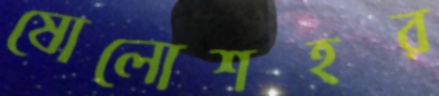
ষোলোশহর